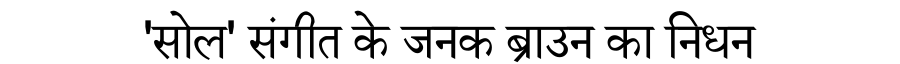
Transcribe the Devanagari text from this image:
'सोल' संगीत के जनक ब्राउन का निधन